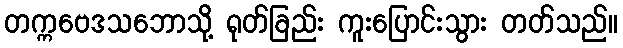
တက္ကဗေဒသဘောသို့ ရုတ်ခြည်း ကူးပြောင်းသွား တတ်သည်။